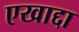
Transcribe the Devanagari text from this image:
एखाद्दा